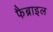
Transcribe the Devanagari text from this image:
फैब्राइल